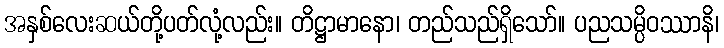
အနှစ်လေးဆယ်တို့ပတ်လုံ့လည်း။ တိဋ္ဌာမာနော၊ တည်သည်ရှိသော်။ ပညသမ္ပိဝဿာနိ၊